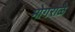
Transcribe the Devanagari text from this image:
मोगराळे